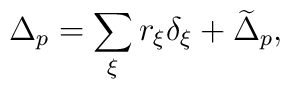
\Delta_p=\sum_\xi r_\xi\delta_\xi + \widetilde\Delta_p,